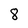
Character: 8